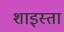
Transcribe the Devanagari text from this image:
शाइस्‍ता